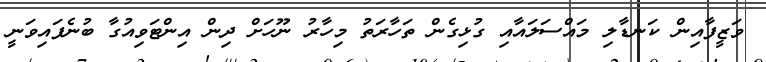
ވަޒީފާއިން ކަނޑާލި މައްސަލައާއި ގުޅިގެން ތަހާރަތު މިހާރު ނޫހަށް ދިން އިންޓަވިއުގާ ބުނެފައިވަނީ